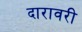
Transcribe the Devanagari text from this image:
दारावरी